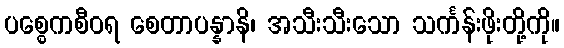
ပစ္စေကစီဝရ စေတာပန္နာနိ၊ အသီးသီးသော သင်္ကန်းဖိုးတို့ကို။